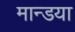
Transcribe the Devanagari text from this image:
मान्डया